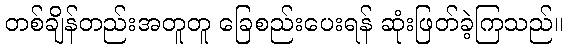
တစ်ချိန်တည်းအတူတူ ခြေစည်းပေးရန် ဆုံးဖြတ်ခဲ့ကြသည်။